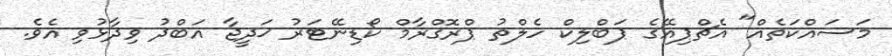
މަސައްކަތެއް" އެޗްޕިއޭގެ ޕަބްލިކް ހެލްތު ޕްރޮގްރާމް ކޯޑިނޭޓަރު ޚަދީޖާ އަބްދު ވިދާޅުވި އެވެ.